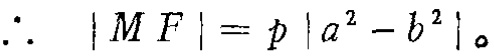
\(\therefore\ |MF| = p|a^{2}-b^{2}|\)